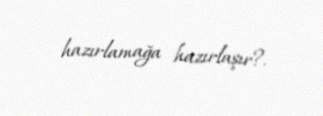
hazırlamağa hazırlaşır?.